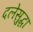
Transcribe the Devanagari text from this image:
दलेसुद्धा